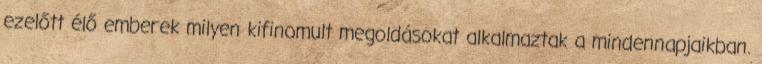
ezelőtt élő emberek milyen kifinomult megoldásokat alkalmaztak a mindennapjaikban.